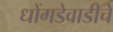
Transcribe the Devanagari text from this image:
धोंगडेवाडीचे